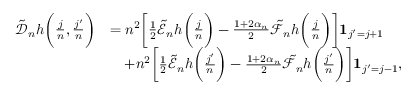
\begin{array} { r l } { \tilde { \mathscr { D } } _ { n } h \bigg ( \frac { j } { n } , \frac { j ^ { \prime } } { n } \bigg ) } & { = n ^ { 2 } \bigg [ \frac { 1 } { 2 } \tilde { \mathscr { E } } _ { n } h \bigg ( \frac { j } { n } \bigg ) - \frac { 1 + 2 \alpha _ { n } } { 2 } \tilde { \mathscr { F } } _ { n } h \bigg ( \frac { j } { n } \bigg ) \bigg ] \mathbf { 1 } _ { j ^ { \prime } = j + 1 } } \\ & { \quad + n ^ { 2 } \bigg [ \frac { 1 } { 2 } \tilde { \mathscr { E } } _ { n } h \bigg ( \frac { j ^ { \prime } } { n } \bigg ) - \frac { 1 + 2 \alpha _ { n } } { 2 } \tilde { \mathscr { F } } _ { n } h \bigg ( \frac { j ^ { \prime } } { n } \bigg ) \bigg ] \mathbf { 1 } _ { j ^ { \prime } = j - 1 } , } \end{array}